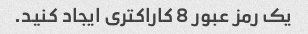
یک رمز عبور 8 کاراکتری ایجاد کنید.